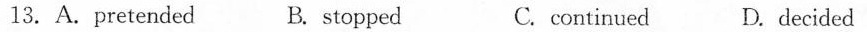
13. A.pretended B.stopped C. continued D. decided